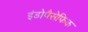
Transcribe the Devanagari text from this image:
इंडोपैसेफिक